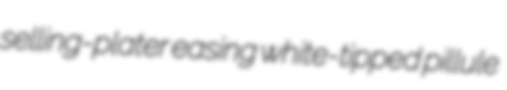
selling-plater easing white-tipped pillule